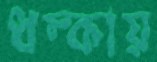
ধম্‌কায়